Indian journal of veterinary science and animal husbandry - Volumes 24-25, 1954-1955
Year: 1954
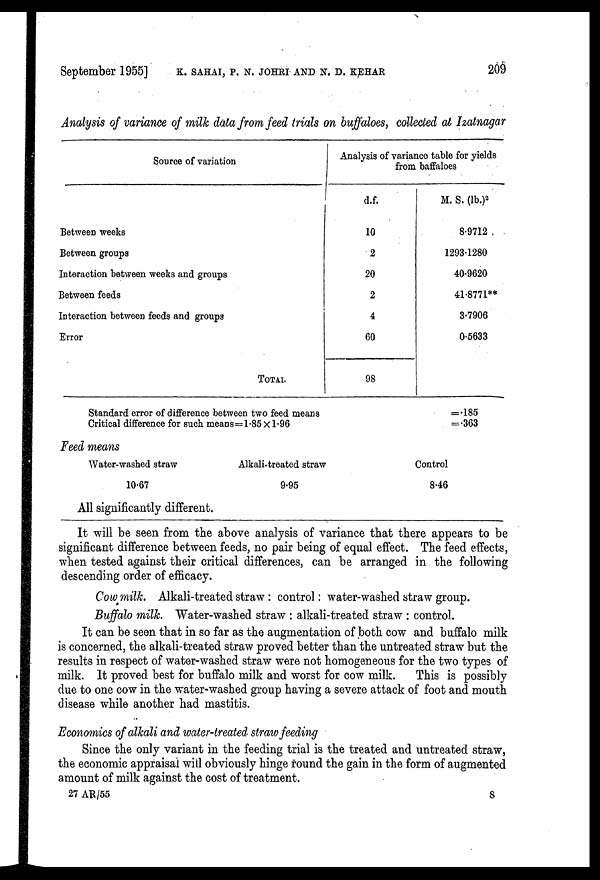
September 1955] K. SAHAI, P. N. JOHRI AND N. D. KEHAR 209
Analysis of variance of milk data from feed trials on buffaloes, collected at Izatnagar
Source of variation
Between weeks
Between groups
Interaction between weeks and groups
Between feeds
Interaction between feeds and groups
Error
TOTAL
Analysis of variance table for yields
from baffaloes
d.f.
10
2
20
2
4
60
98
M. S. (lb.) 2
8.9712
1293.1280
40.9620
41.8771**
3.7906
0.5633
Standard error of difference between two feed means
Critical difference for such means=1.85 X 1.96
=.185
=.363
Feed means
Water-washed straw
10.67
Alkali-treated straw
9.95
Control
8.46
All significantly different.
It will be seen from the above analysis of variance that there appears to be
significant difference between feeds, no pair being of equal effect. The feed effects,
when tested against their critical differences, can be arranged in the following
descending order of efficacy.
Cow milk. Alkali-treated straw: control: water-washed straw group.
Buffalo milk. Water-washed straw: alkali-treated straw: control.
It can be seen that in so far as the augmentation of both cow and buffalo milk
is concerned, the alkali-treated straw proved better than the untreated straw but the
results in respect of water-washed straw were not homogeneous for the two types of
milk. It proved best for buffalo milk and worst for cow milk.
This is possibly
due to one cow in the water-washed group having a severe attack of foot and mouth
disease while another had mastitis.
Economics of alkali and water-treated straw feeding
Since the only variant in the feeding trial is the treated and untreated straw,
the economic appraisal will obviously hinge round the gain in the form of augmented
amount of milk against the cost of treatment.
27 AR/55
8